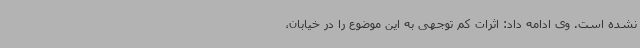
نشده است. وی ادامه داد: اثرات کم توجهی به این موضوع را در خیابان،